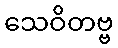
သေဝိတဗ္ဗ